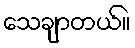
သေချာတယ်။